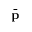
\bar { \bf p }